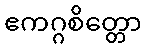
ဧကဂ္ဂစိတ္တော